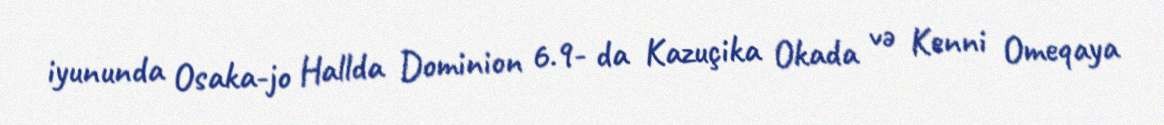
iyununda Osaka-jo Hallda Dominion 6.9- da Kazuçika Okada və Kenni Omeqaya